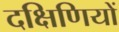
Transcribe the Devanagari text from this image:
दक्षिणियों